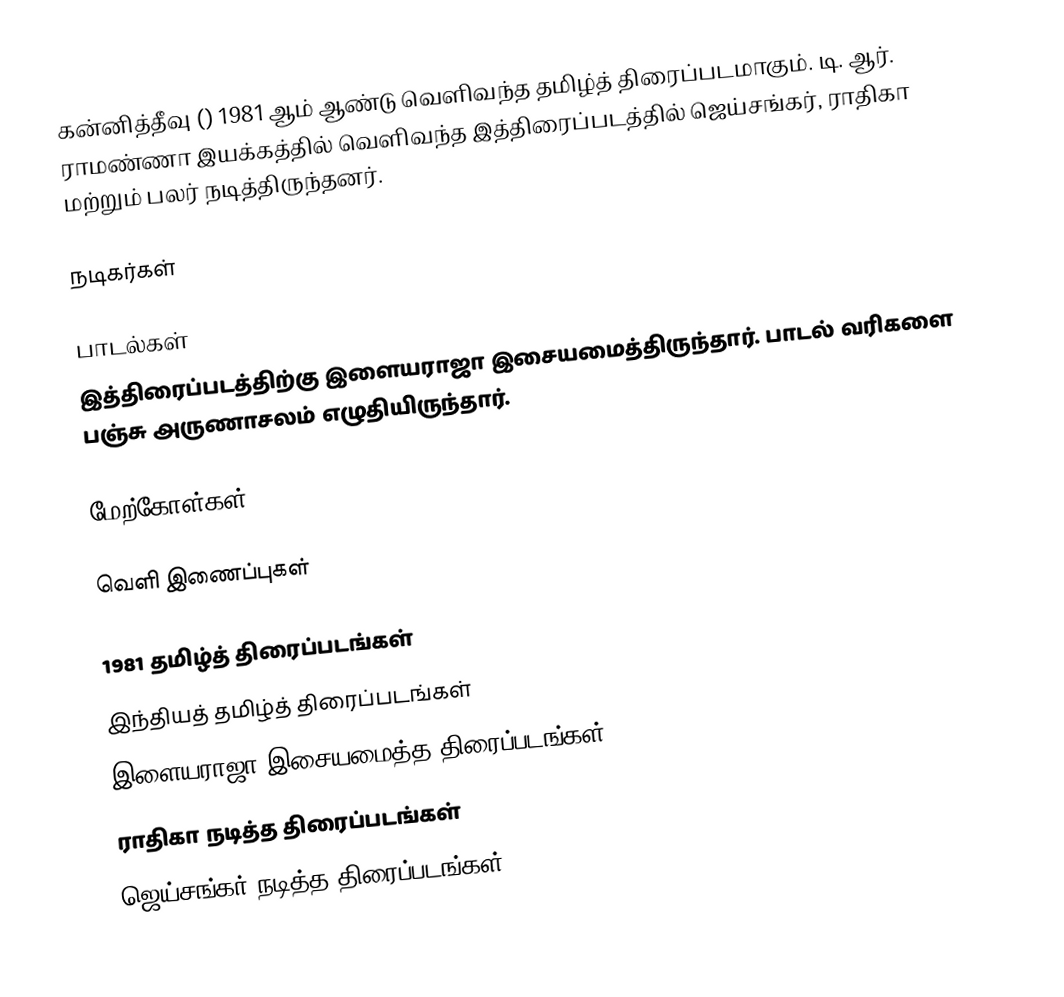
கன்னித்தீவு () 1981 ஆம் ஆண்டு வெளிவந்த தமிழ்த் திரைப்படமாகும். டி. ஆர். ராமண்ணா இயக்கத்தில் வெளிவந்த இத்திரைப்படத்தில் ஜெய்சங்கர், ராதிகா மற்றும் பலர் நடித்திருந்தனர்.

நடிகர்கள்

பாடல்கள்
இத்திரைப்படத்திற்கு இளையராஜா இசையமைத்திருந்தார். பாடல் வரிகளை பஞ்சு அருணாசலம் எழுதியிருந்தார்.

மேற்கோள்கள்

வெளி இணைப்புகள்

1981 தமிழ்த் திரைப்படங்கள்
இந்தியத் தமிழ்த் திரைப்படங்கள்
இளையராஜா இசையமைத்த திரைப்படங்கள்
ராதிகா நடித்த திரைப்படங்கள்
ஜெய்சங்கர் நடித்த திரைப்படங்கள்